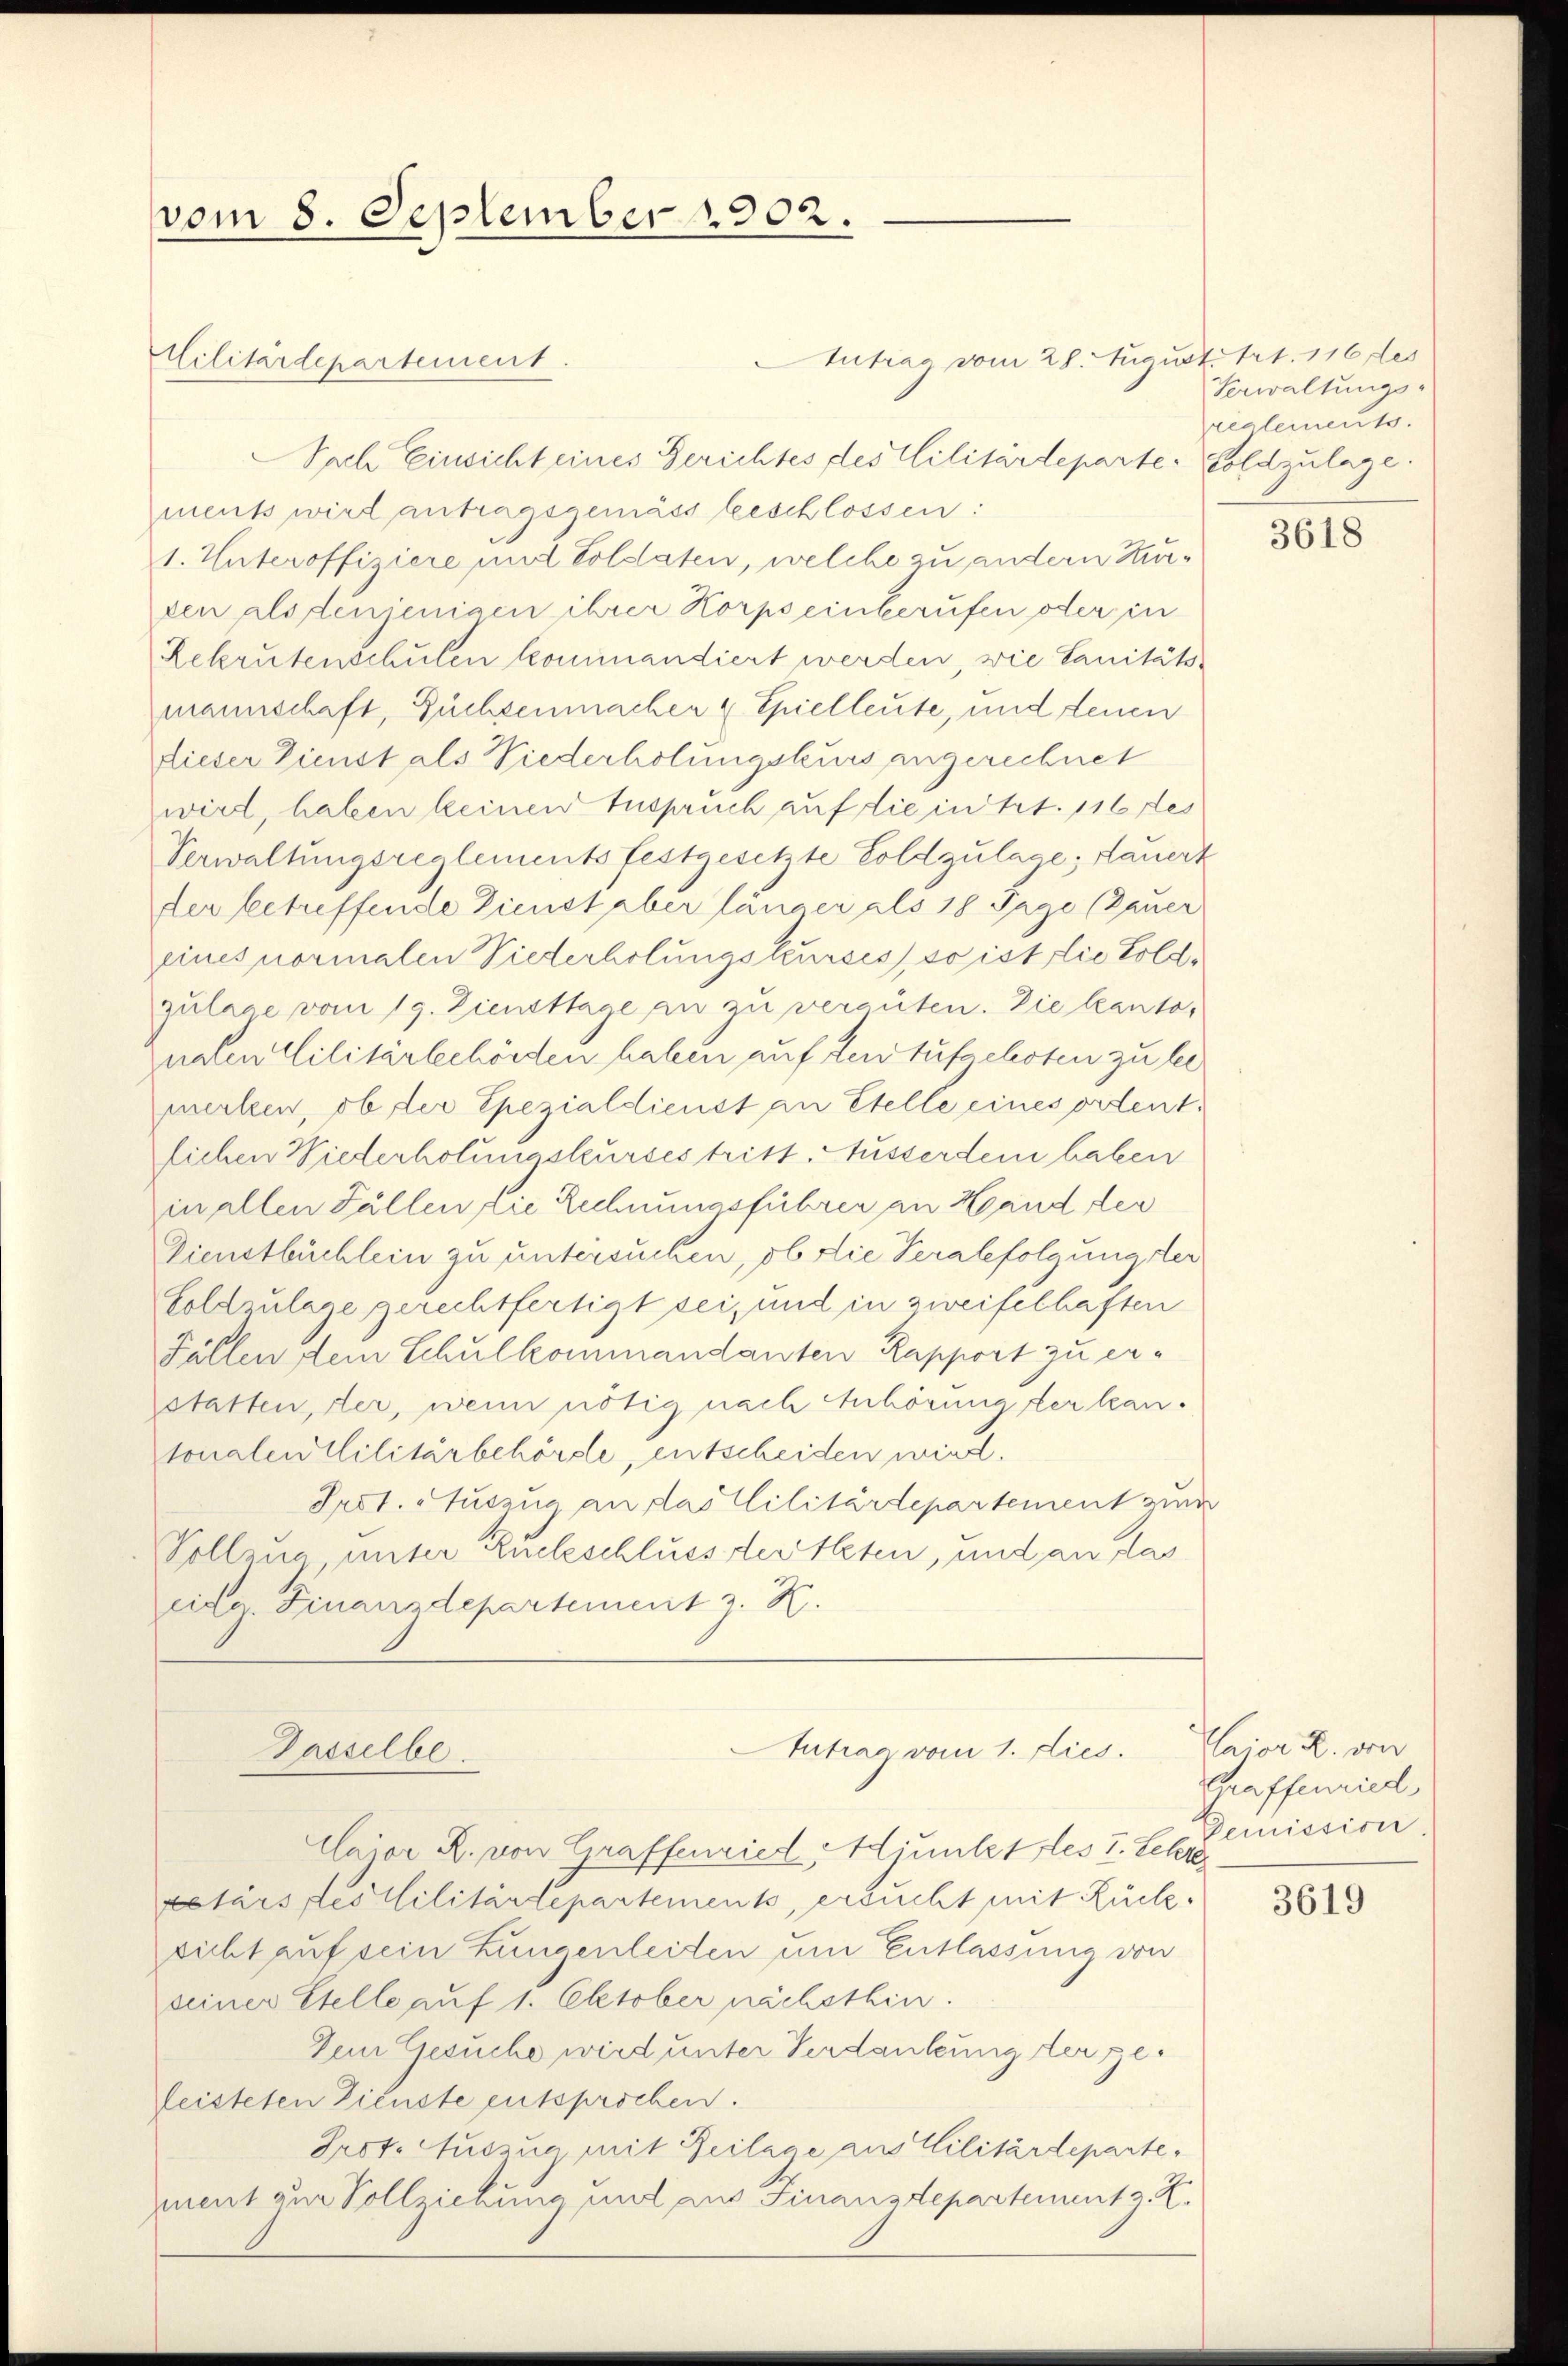
vom 8. September 1902.

Intrag vom 28. August 121. 116 des
Militärdepartement.
Nach Einsicht eines Gerichtes des Militärdeparte-Goldzulage.
mens wird antragsgemäss beschlossen:
1. Unteroffiziere und Soldaten, welche zu andern Kurden als denjenigen ihrer Korps einberufen oder in
Rekrutenschulen kommandiert werden, wie Sanitätsmannschaft, Füchsenmacher & Spielleute, und denen
dieser Dienst als Niederholungskurs angerechnet
wird, haben keinen Inspruch auf die in Art. 116 des
Verwaltungsreglements festgesetzte Soldzulage; dauert
der betreffende Dienst aber länger als 18 Tage (Zauer
eines normalen Niederholungskurses, so ist die Goldzulage vom 19. Zunsttage an zu verguten. Die kanto¬
Inden Militärbehörden haben auf den Aufschoten zu be
merken, ob der Spezialdienst an Stelle eines ordentlichen Wiederholungskurses tritt. Ausserdem haben
in allen Fällen die Rechnungsführer an Hand der
Dienstbüchlein zu untersuchen, ob die Veralefolgungster
Foldzulage gerechtfertigt sei, und in zweifelhaften
Fällen dein Schulkommandanten Rapport zu erstatten, der, wenn nötig nach Anhörung der kantonalen Militärbehörste, entscheiden wird.
Prot. Auszug an das Militärdepartement wur
Vollzug unter Ruckschluss der Peten, und an das
eidg. Finanzdepartement z. B.
Intrag vom 1. Lies.
Dasselbe
Caior R. von Graffenried, Hintet les v. Lehre,
retärs des Militärtepartements, ersucht mit Rück
sicht auf sein Zungenleiten um Entlassung von
seiner Stelle auf 1. Oktober nächsthin.
Den Gesuche wird unter Verdankung der ge¬
Leisteten Dienste entsprochen.
Prot. Auszug mit Beilage aus Cilitärdepartement zur Vollziehung und aus Finanzdepartement z. Z.

Verwaltungs-
reglements.

3618

Caior R. von
Graffenried,
Demission.

3619